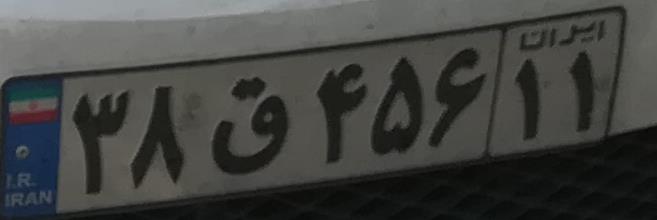
۳۸ق۴۵۶۱۱